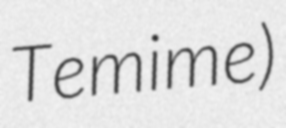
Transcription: Temime)